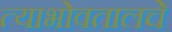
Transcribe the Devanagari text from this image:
त्याभोवतालचे